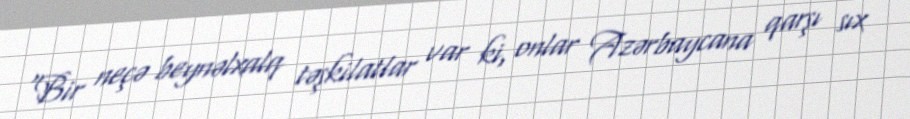
“Bir neçə beynəlxalq təşkilatlar var ki, onlar Azərbaycana qarşı sıx